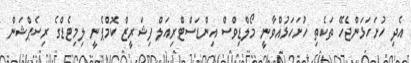
އެދި ހުށަހަޅަންޖެހޭ ތަކެތި ހުށަހަޅުއްވާނީ މޯލްޑިވްސް އިންޑަސްޓްރިއަލް ފިޝަރީޒް ކޮމްޕެނީ ލިމިޓެޑްގެ ރިސެޕްޝަން